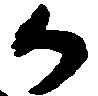
か